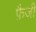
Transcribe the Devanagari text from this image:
फ़ैजी